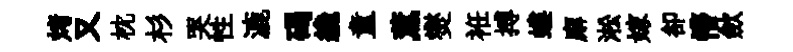
烤又枕杉哭性漉碣纔童薫爕袵搏螻廨淞嫁卻懵歛